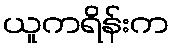
ယူကရိန်းက